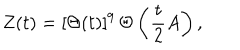
Z ( t ) = [ \Theta ( t ) ] ^ { 9 } \, \Theta \left( { \frac { t } { 2 } } A \right) ,